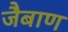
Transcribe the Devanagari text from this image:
जैबाण